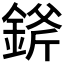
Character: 𨨞